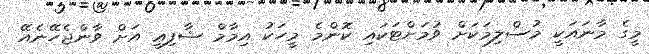
މީގެ މާނައަކީ މުސްލިމަކަށް ވުމަށްޓަކައި ކޮންމެ މީހަކު އިމާމް ޝާފިޢީ އަށް ވާންޖެހޭނެއޭ